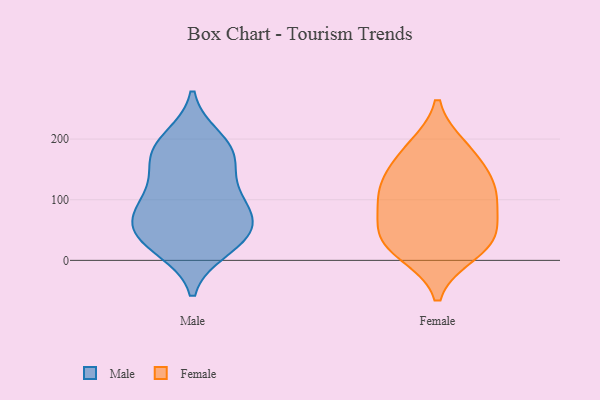
{"axis": {"x": "Conversion Rate (%)", "y": "Value"}, "legend": ["Female", "Male"], "data": [{"x": "", "y": 199, "type": "Male"}, {"x": "", "y": 37, "type": "Male"}, {"x": "", "y": 38, "type": "Male"}, {"x": "", "y": 90, "type": "Male"}, {"x": "", "y": 21, "type": "Male"}, {"x": "", "y": 69, "type": "Male"}, {"x": "", "y": 96, "type": "Male"}, {"x": "", "y": 181, "type": "Male"}, {"x": "", "y": 40, "type": "Male"}, {"x": "", "y": 76, "type": "Male"}, {"x": "", "y": 174, "type": "Male"}, {"x": "", "y": 130, "type": "Male"}, {"x": "", "y": 170, "type": "Male"}, {"x": "", "y": 125, "type": "Female"}, {"x": "", "y": 31, "type": "Female"}, {"x": "", "y": 14, "type": "Female"}, {"x": "", "y": 45, "type": "Female"}, {"x": "", "y": 172, "type": "Female"}, {"x": "", "y": 184, "type": "Female"}, {"x": "", "y": 89, "type": "Female"}, {"x": "", "y": 36, "type": "Female"}, {"x": "", "y": 104, "type": "Female"}, {"x": "", "y": 124, "type": "Female"}]}